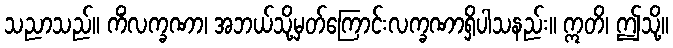
သညာသည်။ ကိံလက္ခဏာ၊ အဘယ်သို့မှတ်ကြောင်းလက္ခဏာရှိပါသနည်း။ ဣတိ၊ ဤသို့။